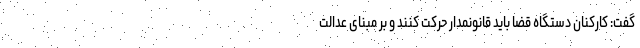
گفت: کارکنان دستگاه قضا باید قانونمدار حرکت کنند و بر مبنای عدالت